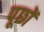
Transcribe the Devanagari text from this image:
पूछों